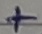
Text: +